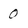
Character: 0